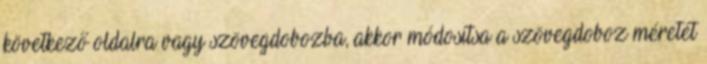
következő oldalra vagy szövegdobozba, akkor módosítsa a szövegdoboz méretét